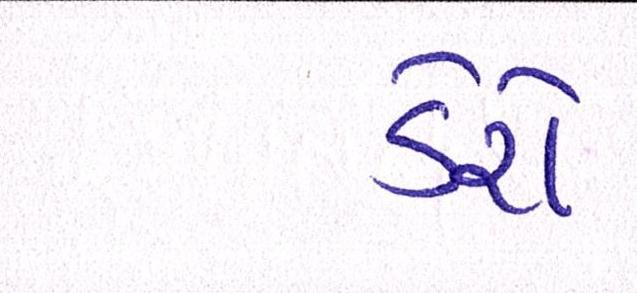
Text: ડેરો